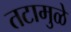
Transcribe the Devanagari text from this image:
तटामुळे